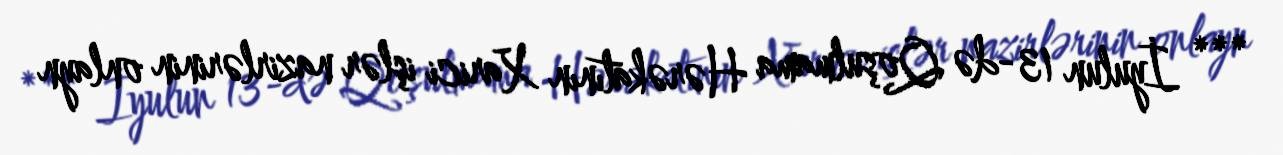
*** İyulun 13-də Qoşulmama Hərəkatının Xarici işlər nazirlərinin onlayn